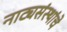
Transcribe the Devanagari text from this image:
नाट्यसंस्थांचे